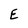
Character: E